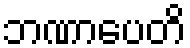
ဘဏာပေတိ